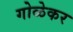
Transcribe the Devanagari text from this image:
गोळेकर